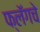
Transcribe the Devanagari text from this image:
फ्लॅगचे